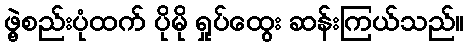
ဖွဲ့စည်းပုံထက် ပိုမို ရှုပ်ထွေး ဆန်းကြယ်သည်။